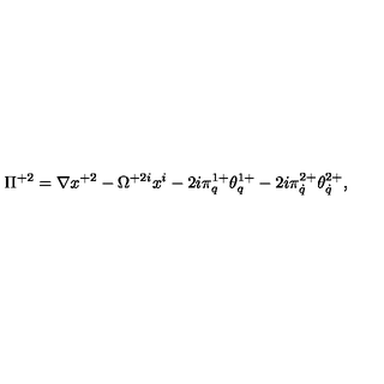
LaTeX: \Pi ^ { + 2 } = \nabla x ^ { + 2 } - \Omega ^ { + 2 i } x ^ { i } - 2 i \pi _ { q } ^ { 1 + } \theta _ { q } ^ { 1 + } - 2 i \pi _ { \dot { q } } ^ { 2 + } \theta _ { \dot { q } } ^ { 2 + } ,